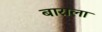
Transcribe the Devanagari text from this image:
बाराला